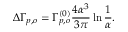
\Delta \Gamma _ { p , o } = \Gamma _ { p , o } ^ { ( 0 ) } { \frac { 4 \alpha ^ { 3 } } { 3 \pi } } \ln { \frac { 1 } { \alpha } } .